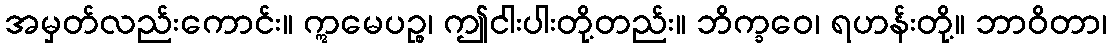
အမှတ်လည်းကောင်း။ ဣမေပဉ္စ၊ ဤငါးပါးတို့တည်း။ ဘိက္ခဝေ၊ ရဟန်းတို့။ ဘာဝိတာ၊